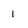
Character: 1